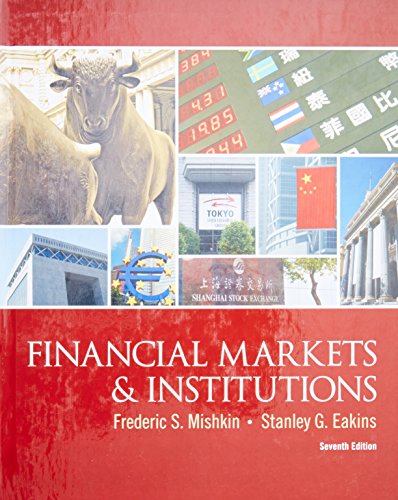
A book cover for Financial Markets and Institutions (7th Edition) (The Prentice Hall Series in Finance); Frederic S. Mishkin; Business & Money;